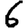
Digit: 6